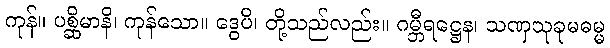
ကုန်။ ပစ္ဆိမာနိ၊ ကုန်သော။ ဒွေပိ၊ တို့သည်လည်း။ ဂမ္ဘီရဋ္ဌေန၊ သဏှသုခုမဓမ္မ